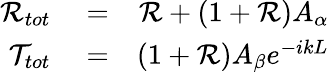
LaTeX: \begin{array}{rlr}{{\cal R}_{tot}}&{{}=}&{{\cal R}+(1+{\cal R})A_{\alpha}}\\ {{\cal T}_{tot}}&{{}=}&{(1+{\cal R})A_{\beta}e^{-ikL}}\end{array}